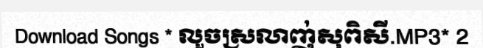
Download Songs * លួចស្រលាញ់សុពិសី.MP3* 2